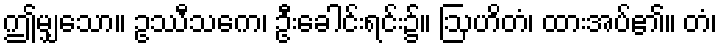
ဤမျှသော။ ဥဿီသကေ၊ ဦးခေါင်းရင်း၌။ ဩဟိတံ၊ ထားအပ်၏။ တံ၊